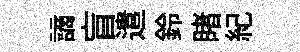
謫盲遣鈴睹紀